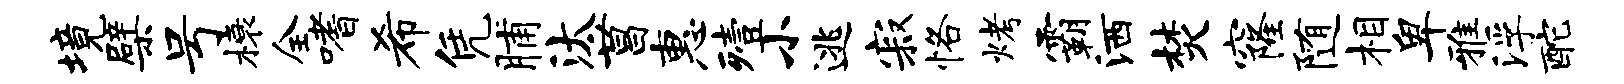
境檗号榱全嗜希凭脯汰菖惠殪小逃寂恪烤霸洒焚窿随相卑雅浮酡